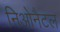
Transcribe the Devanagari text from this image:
निओनैटल